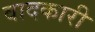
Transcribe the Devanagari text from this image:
वादकारी